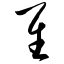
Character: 隹